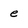
Character: e